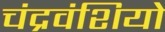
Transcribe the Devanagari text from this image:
चंद्रवंशियो